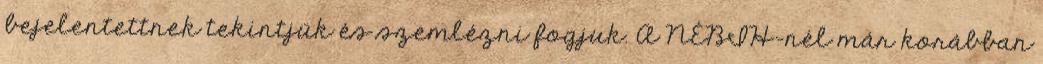
bejelentettnek tekintjük és szemlézni fogjuk. A NÉBIH-nél már korábban